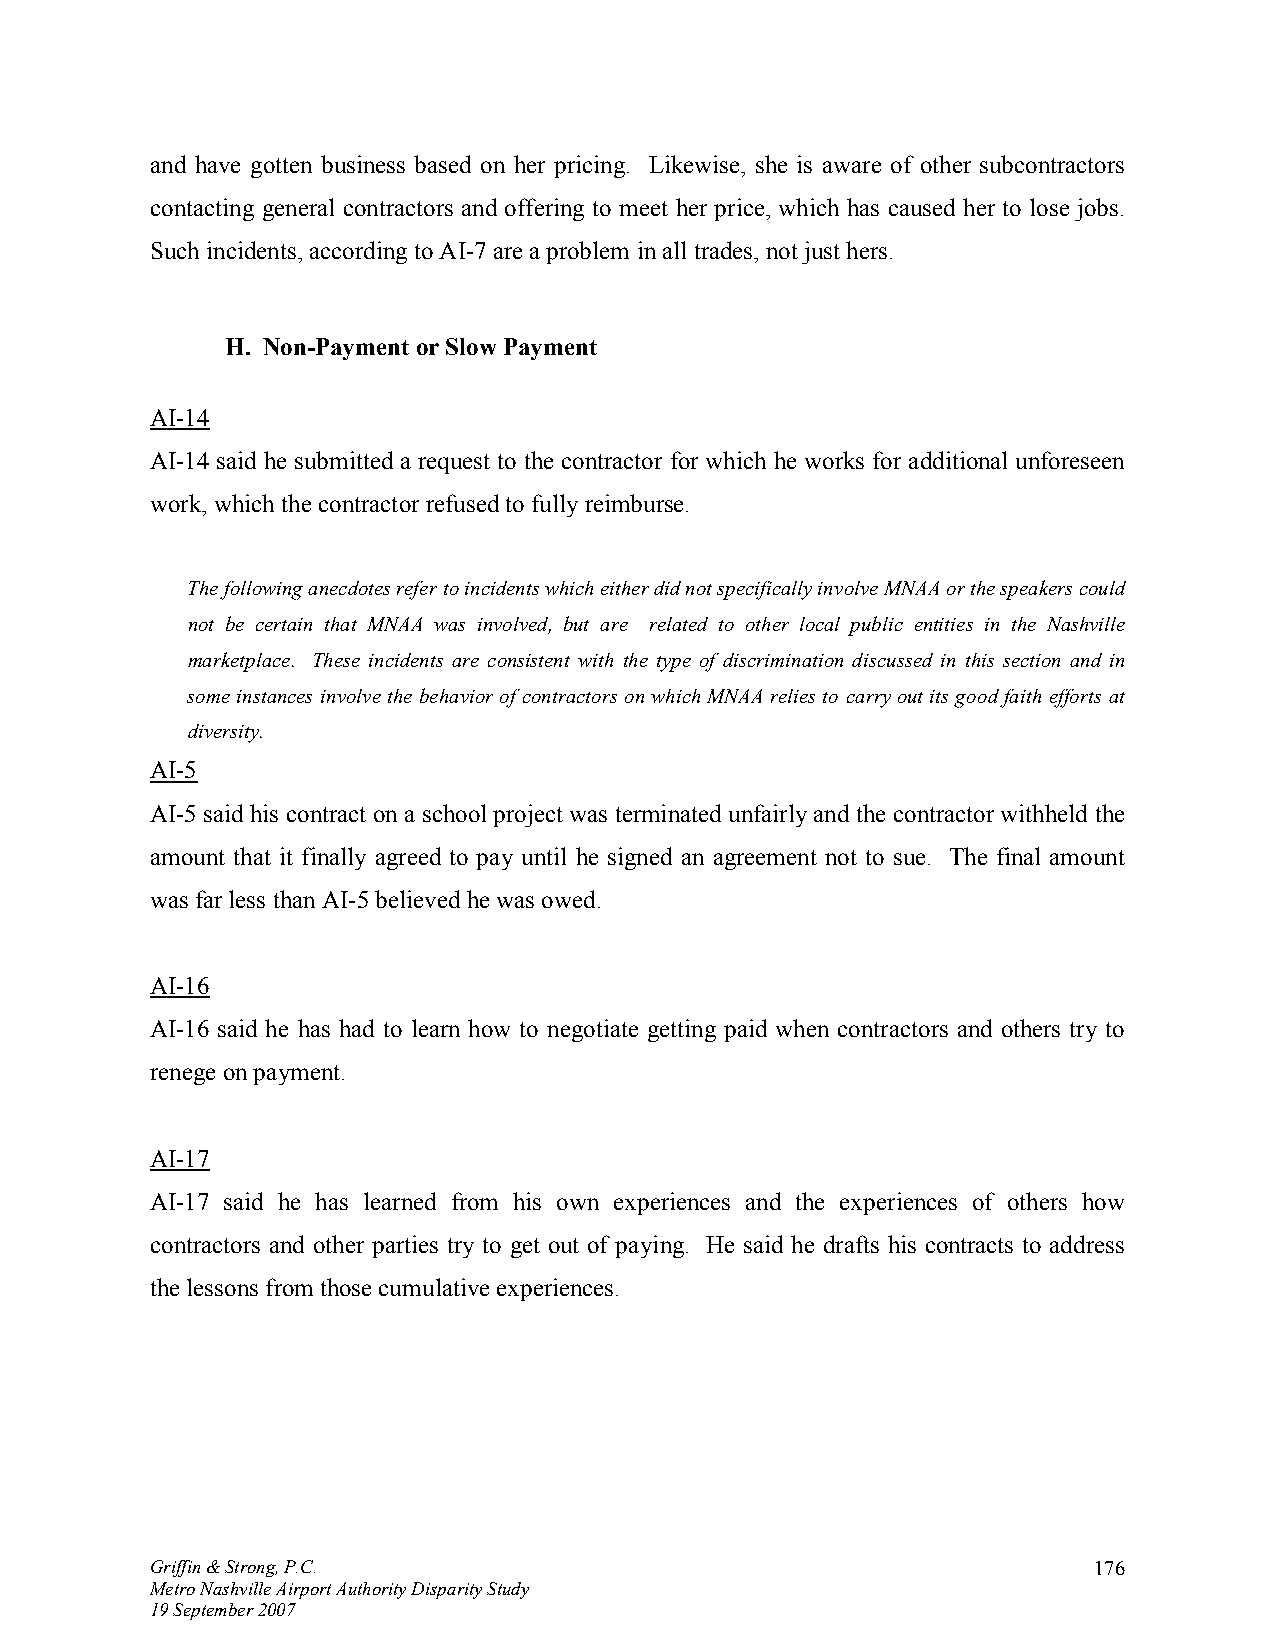
and have gotten business based on her pricing. Likewise, she is aware of other subcontractors
 contacting general contractors and offering to meet her price, which has caused her to lose jobs.
 Such incidents, according to AI-7 are a problem in all trades, not just hers.
 H. Non-Payment or Slow Payment
 AI-14
 AI-14 said he submitted a request to the contractor for which he works for additional unforeseen
 work, which the contractor refused to fully reimburse.
 The following anecdotes refer to incidents which either did not specifically involve MNAA or the speakers could
 not be certain that MNAA was involved, but are related to other local public entities in the Nashville
 marketplace. These incidents are consistent with the type of discrimination discussed in this section and in
 some instances involve the behavior of contractors on which MNAA relies to carry out its good faith efforts at
 diversity.
 AI-5
 AI-5 said his contract on a school project was terminated unfairly and the contractor withheld the
 amount that it finally agreed to pay until he signed an agreement not to sue. The final amount
 was far less than AI-5 believed he was owed.
 AI-16
 AI-16 said he has had to learn how to negotiate getting paid when contractors and others try to
 renege on payment.
 AI-17
 AI-17 said he has learned from his own experiences and the experiences of others how
 contractors and other parties try to get out of paying. He said he drafts his contracts to address
 the lessons from those cumulative experiences.
 Griffin & Strong, P.C.                                        176
 Metro Nashville Airport Authority Disparity Study
 19 September 2007